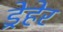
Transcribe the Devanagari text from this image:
ड्रेहेर